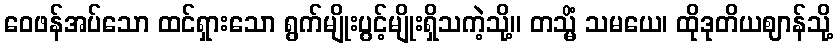
ဝေဖန်အပ်သော ထင်ရှားသော ရွက်မျိုးပွင့်မျိုးရှိသကဲ့သို့။ တသ္မိံ သမယေ၊ ထိုဒုတိယဈာန်သို့